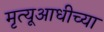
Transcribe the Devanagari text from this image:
मृत्यूआधीच्या